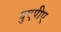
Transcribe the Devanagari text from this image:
युएपीए